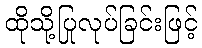
ထိုသို့ပြုလုပ်ခြင်းဖြင့်